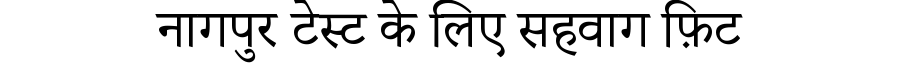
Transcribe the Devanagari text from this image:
नागपुर टेस्ट के लिए सहवाग फ़िट